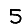
Digit: 5